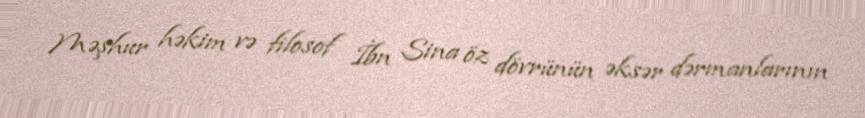
Məşhur həkim və filosof İbn Sina öz dövrünün əksər dərmanlarının